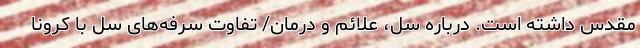
مقدس داشته است. درباره سل، علائم و درمان/ تفاوت سرفه‌های سل با کرونا